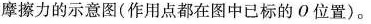
摩擦力的示意图(作用点都在图中已标的0位置)。